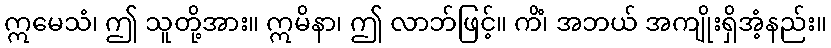
ဣမေသံ၊ ဤ သူတို့အား။ ဣမိနာ၊ ဤ လာဘ်ဖြင့်။ ကိံ၊ အဘယ် အကျိုးရှိအံ့နည်း။